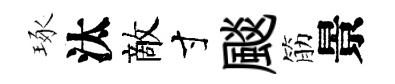
琢汰敵寸颷筋景